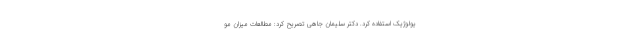
یولوژیک استفاده کرد. دکتر سلیمان جاهی تصریح کرد: مطالعات میزان مو